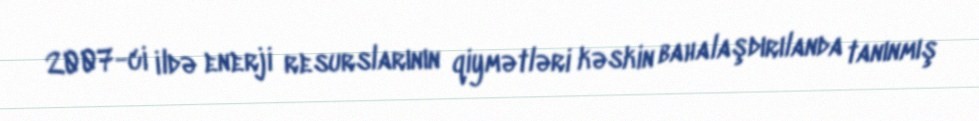
2007-ci ildə enerji resurslarının qiymətləri kəskin bahalaşdırılanda tanınmış